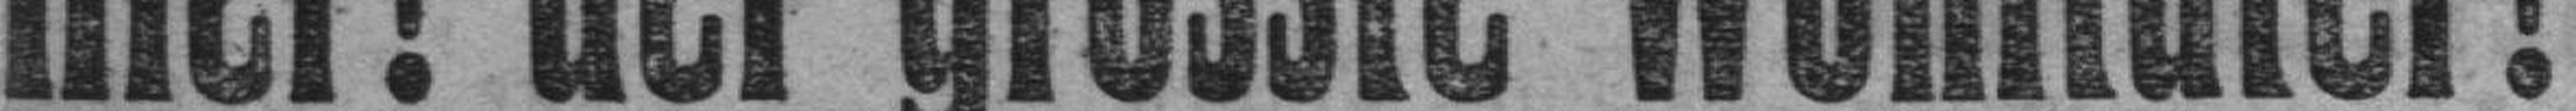
Hier! der grösste Wohltäter!